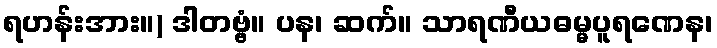
ရဟန်းအား။) ဒါတဗ္ဗံ။ ပန၊ ဆက်။ သာရဏီယဓမ္မပူရဏေန၊